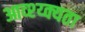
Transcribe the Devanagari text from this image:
आव्श्य्क्यता